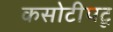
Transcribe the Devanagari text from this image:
कसोटीपटू